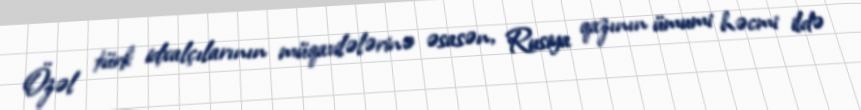
Özəl türk idxalçılarının müqavilələrinə əsasən, Rusiya qazının ümumi həcmi ildə